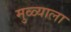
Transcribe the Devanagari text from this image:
मुळ्याला